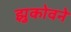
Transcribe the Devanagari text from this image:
झुकोवने